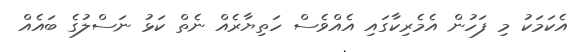
އެކަމަކު މި ފަހުން އެމެރިކާގައި އެއްވެސް ހަތިޔާރެއް ނެތް ކަޅު ނަސްލުގެ ބައެއް